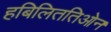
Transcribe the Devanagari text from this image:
हबिलिततिओन